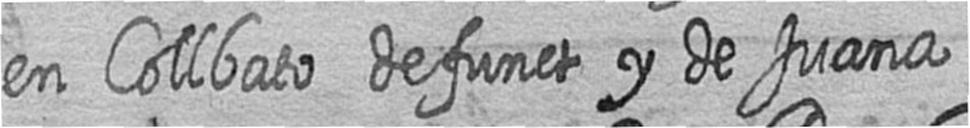
en Collbato defunct y de Juana